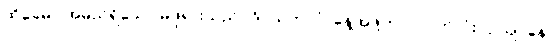
ထိုခေမာ အမည်ရှိသော မိဖုရားသည်။ ဒိဝသဘာဂံ၊ နေ့အဖို့ကာလပတ်လုံး။ ဥယျာနေ၊